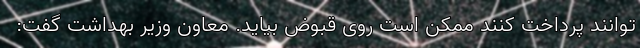
توانند پرداخت کنند ممکن است روی قبوض بیاید. معاون وزیر بهداشت گفت: